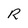
Character: R